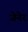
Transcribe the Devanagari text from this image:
जेनेर